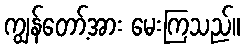
ကျွန်တော့်အား မေးကြသည်။